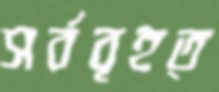
সর্ববৃহত্